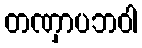
တဏှာပဘဝါ